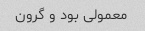
معمولی بود و گرون